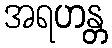
အရဟန္တ